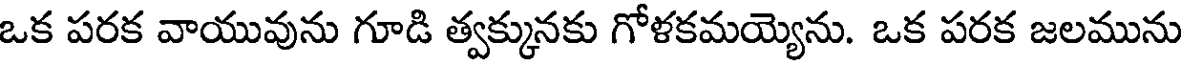
ఒక పరక వాయువును గూడి త్వక్కునకు గోళకమయ్యెను. ఒక పరక జలమును